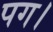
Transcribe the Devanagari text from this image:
पग।